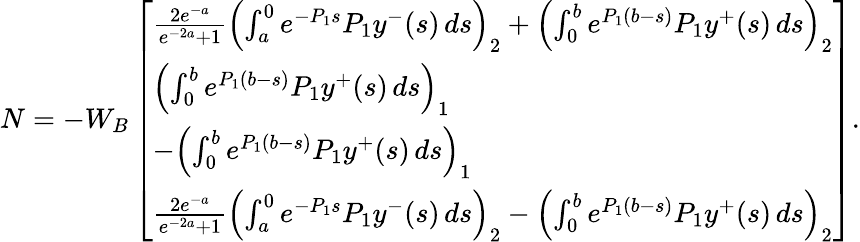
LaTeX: \begin{array}{r}{N=-W_{B}\left[\begin{array}{l}{\frac{2e^{-a}}{e^{-2a}+1}\left(\int_{a}^{0}e^{-P_{1}s}P_{1}y^{-}(s)\, ds\right)_{2}+\left(\int_{0}^{b}e^{P_{1}(b-s)}P_{1}y^{+}(s)\, ds\right)_{2}}\\ {\left(\int_{0}^{b}e^{P_{1}(b-s)}P_{1}y^{+}(s)\, ds\right)_{1}}\\ {-\left(\int_{0}^{b}e^{P_{1}(b-s)}P_{1}y^{+}(s)\, ds\right)_{1}}\\ {\frac{2e^{-a}}{e^{-2a}+1}\left(\int_{a}^{0}e^{-P_{1}s}P_{1}y^{-}(s)\, ds\right)_{2}-\left(\int_{0}^{b}e^{P_{1}(b-s)}P_{1}y^{+}(s)\, ds\right)_{2}}\end{array}\right].}\end{array}